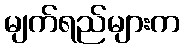
မျက်ရည်များက